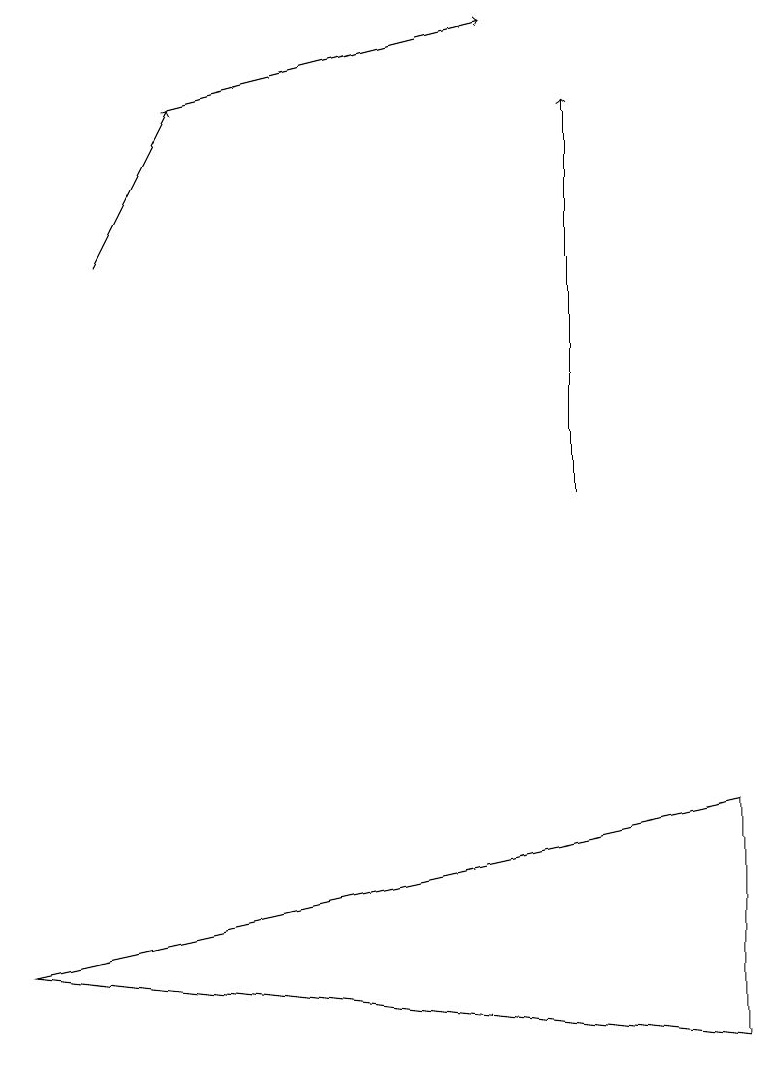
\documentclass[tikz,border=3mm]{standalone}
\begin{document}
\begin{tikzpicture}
\draw[->] (1,14) -- (2,16);
\draw[->] (7,11) -- (7,16);
\draw (9,4) -- (9,7) -- (0,5) -- cycle;
\draw[->] (2,16) -- (6,17);
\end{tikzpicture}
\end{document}